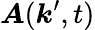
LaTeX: \boldsymbol{A}(\boldsymbol{k}^{\prime},t)